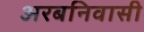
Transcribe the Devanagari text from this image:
अरबनिवासी